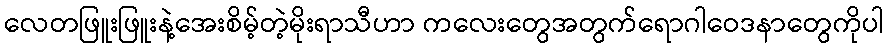
လေတဖြူးဖြူးနဲ့အေးစိမ့်တဲ့မိုးရာသီဟာ ကလေးတွေအတွက်ရောဂါဝေဒနာတွေကိုပါ